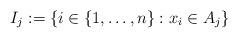
LaTeX: \begin{align*} I_{j}:=\{ i \in \lbrace 1, \ldots ,n \rbrace : x_i \in A_j\}\end{align*}